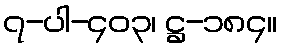
၇-ပါ-၄၀၃၊ ဋ္ဌ-၁၈၄။